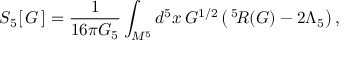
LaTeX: S _ { 5 } [ \, G \, ] = \frac 1 { 1 6 \pi G _ { 5 } } \int _ { M ^ { 5 } } d ^ { 5 } x \, G ^ { 1 / 2 } \left( \, \vphantom { I } ^ { 5 } \! R ( G ) - 2 \Lambda _ { 5 } \right) ,